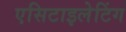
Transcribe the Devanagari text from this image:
एसिटाइलेटिंग